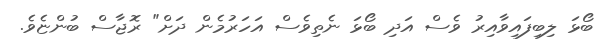
ބޯޅަ ލިބިފައިވާއިރު ވެސް އަދި ބޯޅަ ނެތިވެސް އަހަރުމެން ދަށް" ރޮޖާސް ބުންޏެވެ.